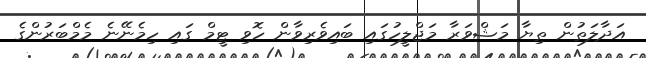
އަދާލަތުން ތިޔާ މަޝްވަރާ މަޖްލީހުގައި ބައިވެރިވާން ހޮވި ޓީމް ގައި ހިމެނޭނެ މެމްބަރުންގެ